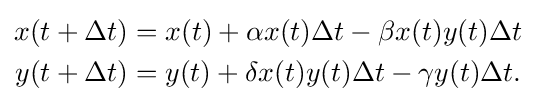
{\begin{aligned}x(t+\Delta t)&=x(t)+\alpha x(t)\Delta t-\beta x(t)y(t)\Delta t\\y(t+\Delta t)&=y(t)+\delta x(t)y(t)\Delta t-\gamma y(t)\Delta t.\end{aligned}}